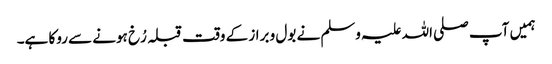
ہمیں آپ صلی اللہ علیہ وسلم نے بول و براز کے وقت قبلہ رُخ ہونے سے روکا ہے۔